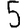
Digit: 5